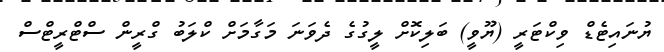
ޔުނައިޓެޑް ވިކްޓަރީ (ޔޫވީ) ބަލިކޮށް ލީގުގެ ދެވަނަ މަގާމަށް ކްލަބު ގްރީން ސްޓްރީޓްސް